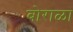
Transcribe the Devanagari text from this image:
बोराळा